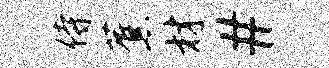
侍蕉材#